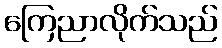
ကြေညာလိုက်သည်